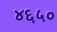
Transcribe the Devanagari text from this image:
४६५०